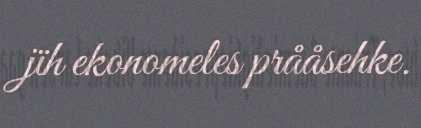
jïh ekonomeles prååsehke.